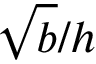
{ \sqrt { b } / h }